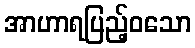
အာဟာရပြည့်ဝသော